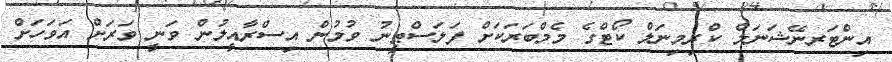
އިންޓަރނޭޝަނަލް ކްރިމިނަލް ކޯޓްގެ މެމްބަރަކަށް ފަލަސްޠީނު ވުމުން އިސްރާއީލުން ވަނީ ވަރަށް އަވަހަށް